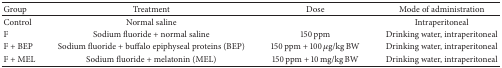
| Group | Treatment | Dose | Mode of administration |
 | --- | --- | --- | --- |
 | Control | Normal saline |  | Intraperitoneal |
 | F | Sodium fluoride + normal saline | 150 ppm | Drinking water, intraperitoneal |
 | F + BEP | Sodium fluoride + buffalo epiphyseal proteins (BEP) | 150 ppm + 100 μg/kg BW | Drinking water, intraperitoneal |
 | F + MEL | Sodium fluoride + melatonin (MEL) | 150 ppm + 10 mg/kg BW | Drinking water, intraperitoneal |